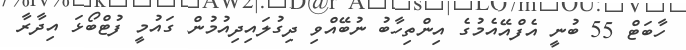
ހާބަޓް 55 ބުނީ އެފްއޭއެމުގެ އިންތިހާބު ނުބޭއްވި ދިގުލައިދިއުމުން ގައުމީ ފުޓްބޯޅަ އިދާރާ